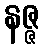
နဇ္ဇ